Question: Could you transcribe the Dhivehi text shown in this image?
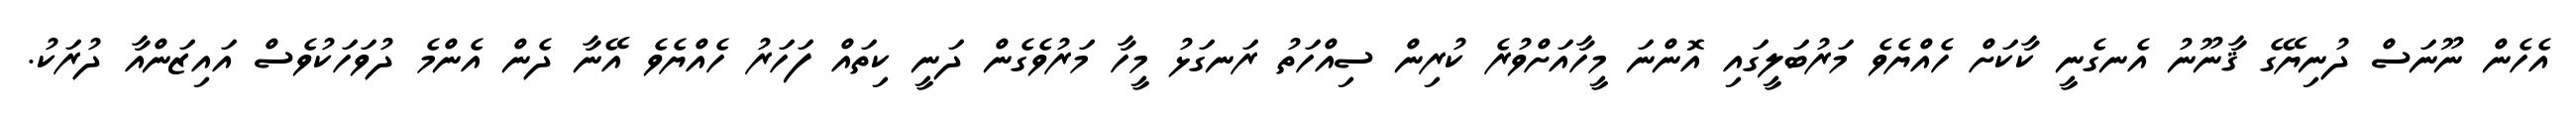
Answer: އެހެން ނޫނަސް ދުނިޔޭގެ ޤާނޫނު އެނގެނީ ކާކަށް ހެއްޔެވެ މަރުބަލީގައި އޮންނަ މީހާއަށްވުރެ ކުރިން ސިއްހަތު ރަނގަޅު މީހާ މަރުވެގެން ދަނީ ކިތައް ފަހަރު ހެއްޔެވެ އޭނާ ދެން އެންމެ ދުވަހަކުވެސް އައިޒަންއާ ދުރަކު.